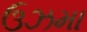
ઉઝમા